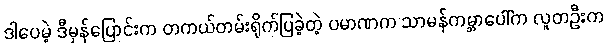
ဒါပေမဲ့ ဒီမှန်ပြောင်းက တကယ်တမ်းရိုက်ပြခဲ့တဲ့ ပမာဏက သာမန်ကမ္ဘာပေါ်က လူတဦးက